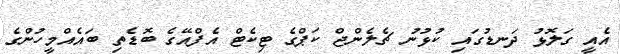
އެއީ ގަލޮޅު ދަނޑުގައި ކުޅުނު ޗެލެންޖް ކަޕްގެ ޓިކެޓް އެފްއޭގެ ބޮޑެތި ބައެއްމީހުންގެ